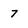
Character: 7